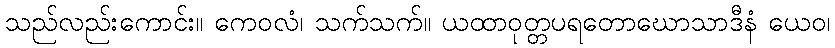
သည်လည်းကောင်း။ ကေဝလံ၊ သက်သက်။ ယထာဝုတ္တပရတောဃောသာဒီနံ ယေဝ၊